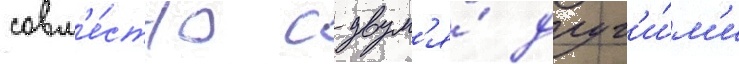
совм'е́стно с двум'я́ друг'и́м'и